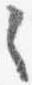
之